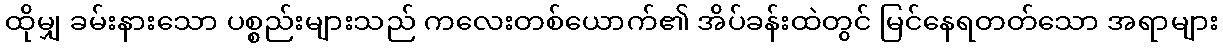
ထိုမျှ ခမ်းနားသော ပစ္စည်းများသည် ကလေးတစ်ယောက်၏ အိပ်ခန်းထဲတွင် မြင်နေရတတ်သော အရာများ